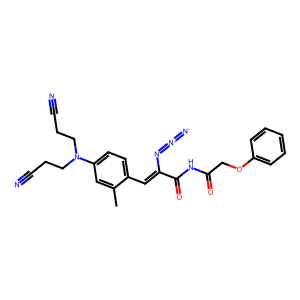
SMILES: Cc1cc(N(CCC#N)CCC#N)ccc1C=C(N=[N+]=[N-])C(=O)NC(=O)COc1ccccc1
Inhibits HIV replication: No